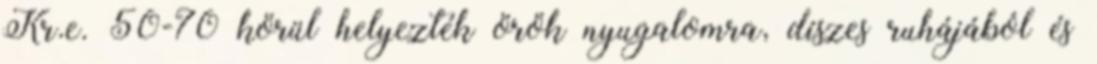
Kr.e. 50-70 körül helyezték örök nyugalomra, díszes ruhájából és